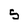
Character: 5